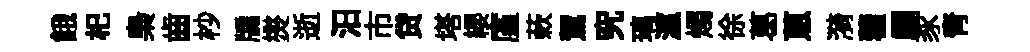
餓𣏌梟齒杪牖爕逝汨市贷塔纓廑蔌駕究璃瀛燭徐葛蔥漪藿翩豕青